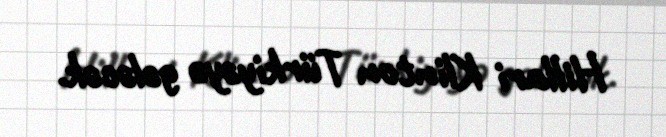
Hillari Klinton Türkiyəyə gələcək.